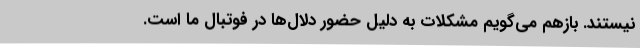
نیستند. بازهم می‌گویم مشکلات به دلیل حضور دلال‌ها در فوتبال ما است.